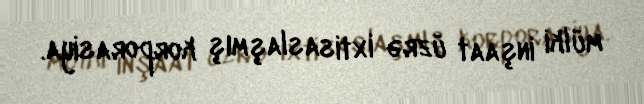
mülki inşaat üzrə ixtisaslaşmış korporasiya.